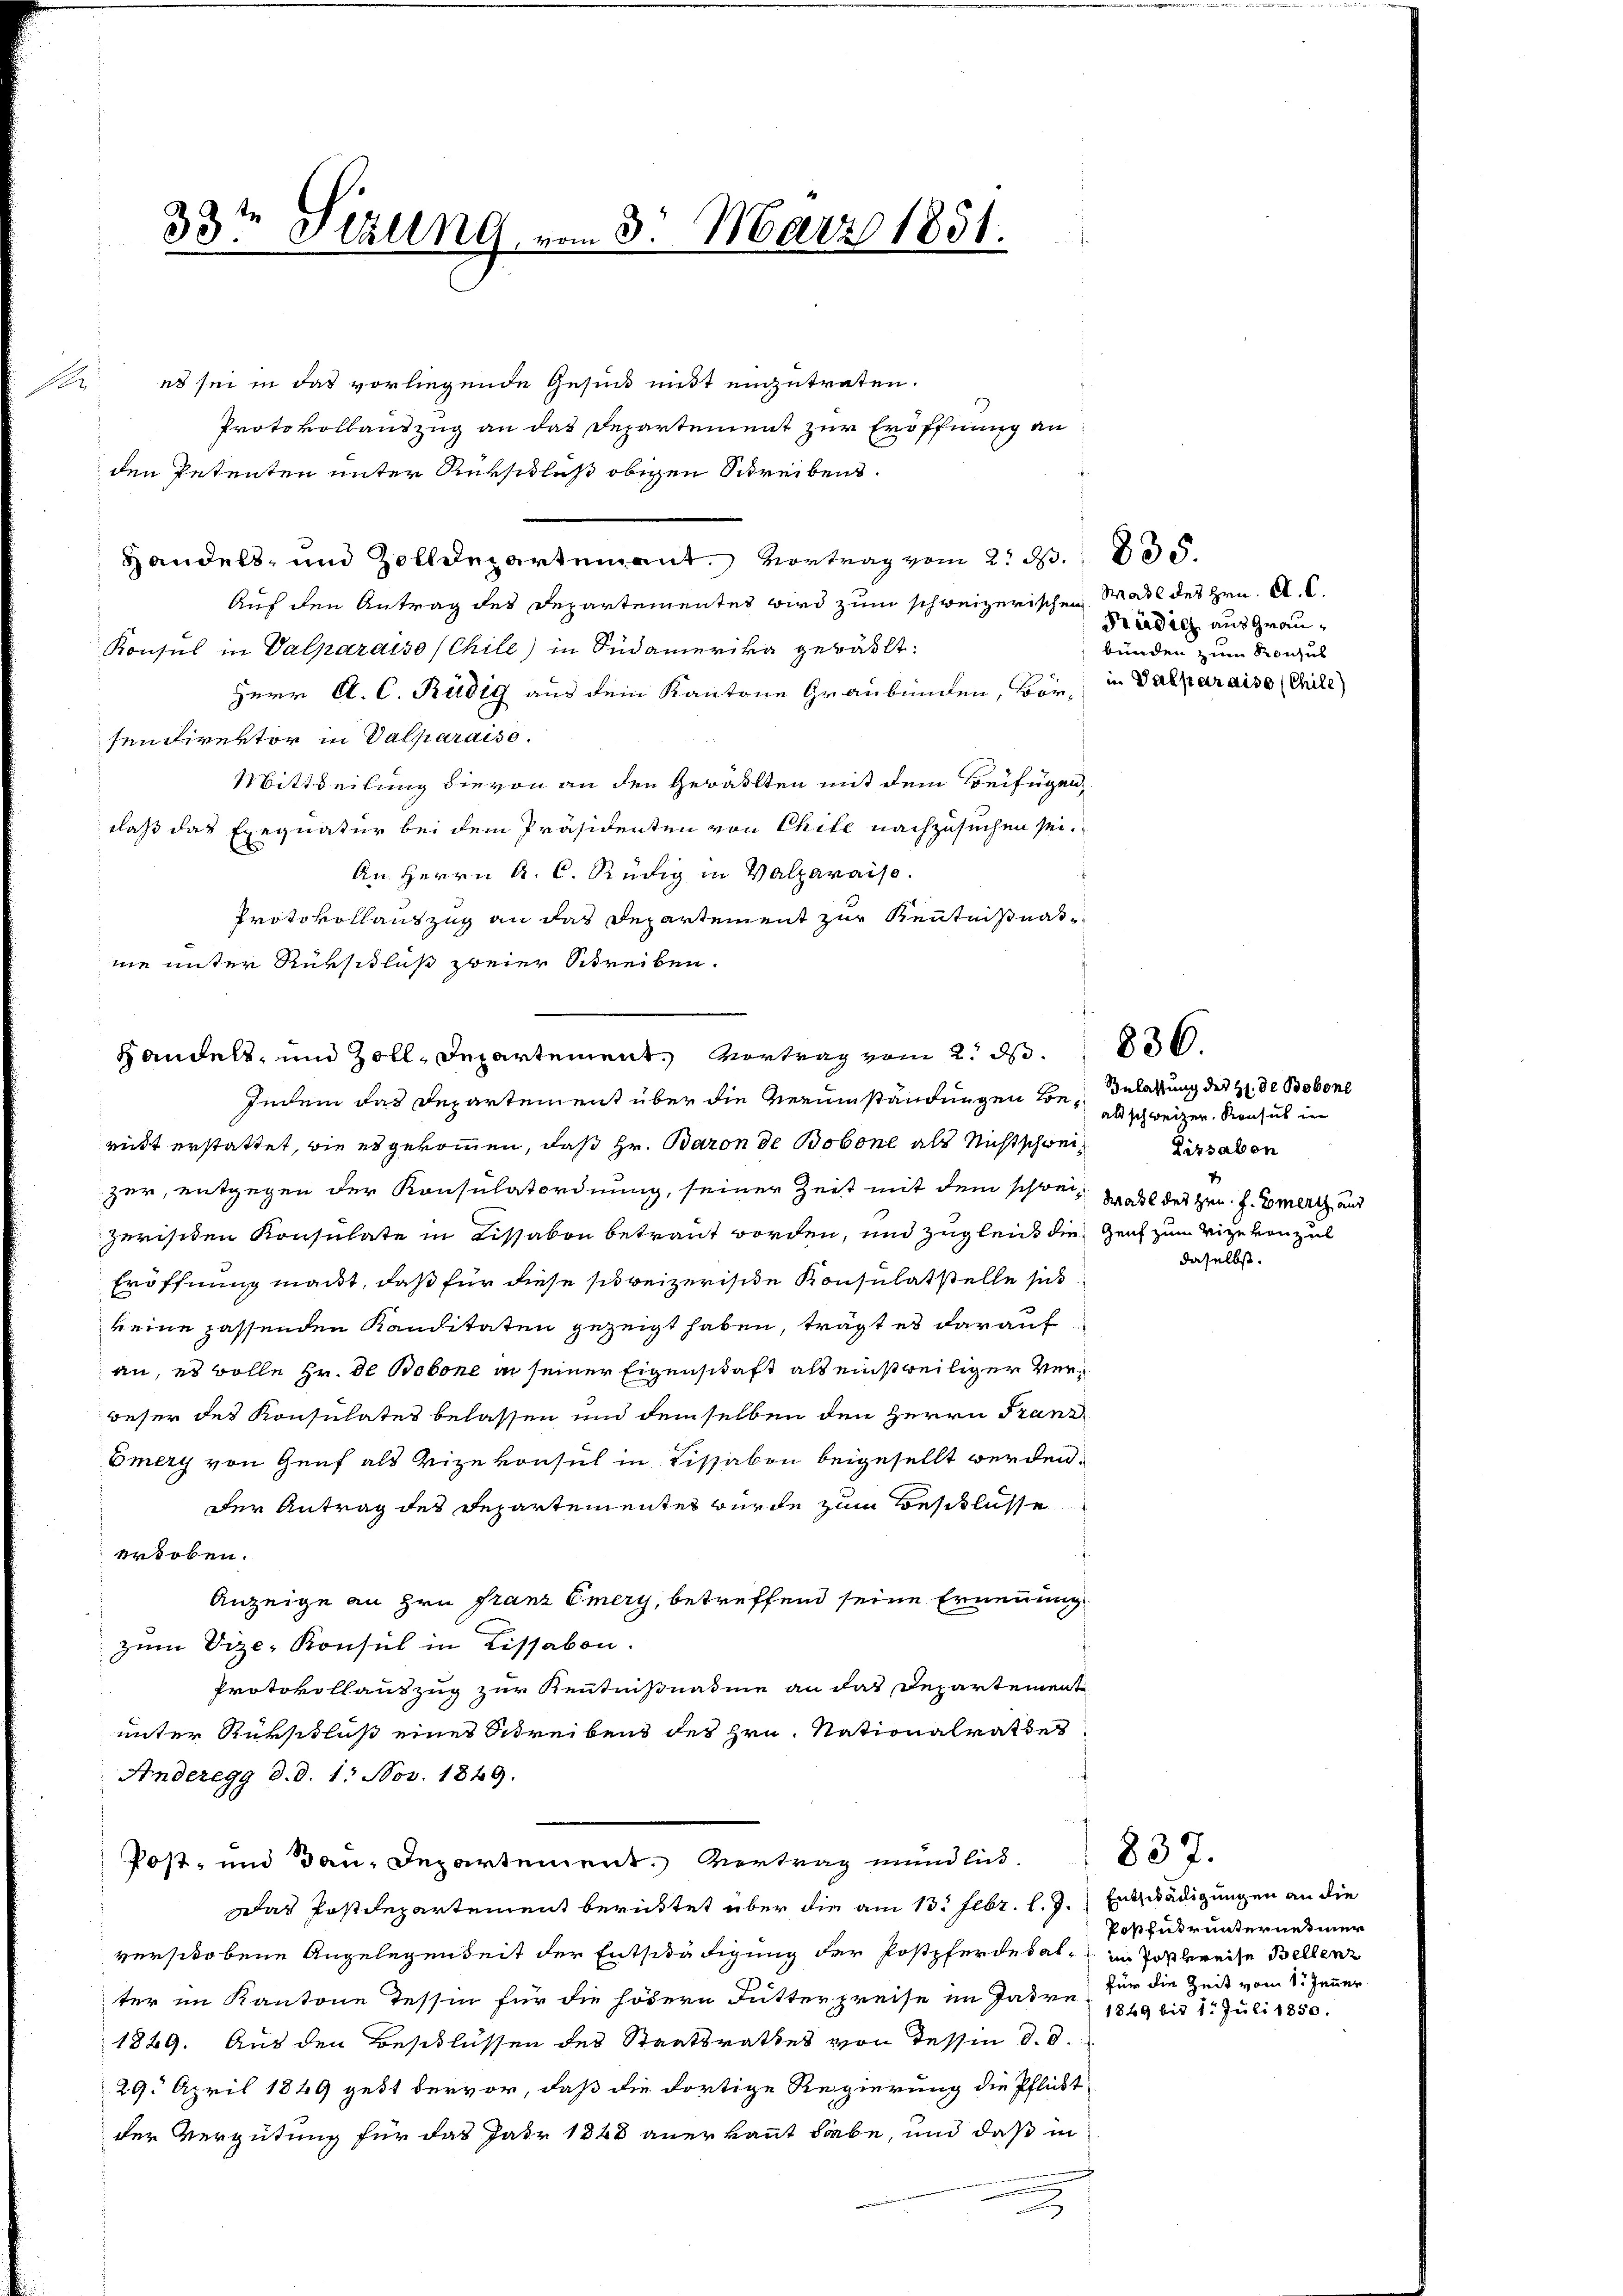
P

33ten Fezung, vom 3. März 1851.

es sei in das vorliegende Gesund mit einzutraten.
Protokollauszug an das Departement zur Eröffnung an
den Petenten unter Rükschluß obigen Schreibens.
Auf den Antrag des Departementes wird zum schweizerischen Wahl des Hrn. A. C.
Konsul in Valparaiso (Chile) in Südamerika gewählt:
Herr C. C. Rädig aus dem Kantone Graubünden, bey in Dalparaiso (Chile)
sendirektor in Valparaiso
Mittheilung die von an den Gewählten mit dem Beifügen,
daß das Exequatur bei dem Präsidenten von Chile nachzusuchen sei.
An Herrn A. C. Rüdig in Valparais.
Protokollauszug an das Departement zur Kenntnißnahnie unter Rückschluß zweier Schreiben.
Handels- und Zoll-Departement. Vortrag vom 2. d. 1836.
Indem das Departement über die Verumständungen Beridt erstattet, wie es gekommen, daß Hr. Baron de Bobone als Nicht schweizer, entgegen der Konsulatordnung, seiner Zeit mit dem schweiz. Wahl des Hrn. J. Emert aus
zerisiden Konsulate in Lissakon betraut worden, und zugleich die Zeit zum Vize von zul
Eröffnung macht, daß für diese schweizerische Konsulatstelle sich
keine passenden Kanditäten gezeigt haben, trägt es darauf
an, es wolle Hr. De Bobone in seiner Eigenschaft als einstweiliger Verbeser des Konsulates belassen und demselben den Herrn Franz
Emery von Genf als Vizekonsul in Lissabon beigesellt werden.
Der Antrag des Departementes wurde zum Beschlüsse
erhoben.
Anzeige an Hrn Franz Emery, betreffend seine Ernennung
zum Vize-Konsul in Lissabon.
Protokollauszug zur Kenntnißnahme an das Departement
unter Rükschluß eines Schreibens des Hrn. Nationalrathes
Anderegg d. d. 1. Nov. 1849.
Post- und dann, Departement. Vortrag mundlich
Das Postdepartement berüstet über die am 13. Febr. l. J.) Ertlädigungen an die
verschobene Angelegenheit der Entschädigung der Postpferdebat im Postlereise Bellen
ter im Kantone Tessin für die hödern Futterpreise im Jahre für die Zeit vom 1. Jenner
1829. Aus den Beschlüssen des Staatsrathes von Tessin d. d.
29. April 1849 gebt dervor, daß die dortige Regierung die Pflickt
der Vergütung für das Jahr 1848 anerkannt habe, und daß in

Handels- und Zolldepartement. Vortrag vom 2. S. 835.

Prädich aus Graubünden zum Konsul

Zulassung des H. De Bobone
alt schweizer. Konsul in
Lissabon

daselbst.

Posfudrunternehmer

837.

1849 bis 1. Juli 1850.